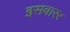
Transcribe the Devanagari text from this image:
इसवारर